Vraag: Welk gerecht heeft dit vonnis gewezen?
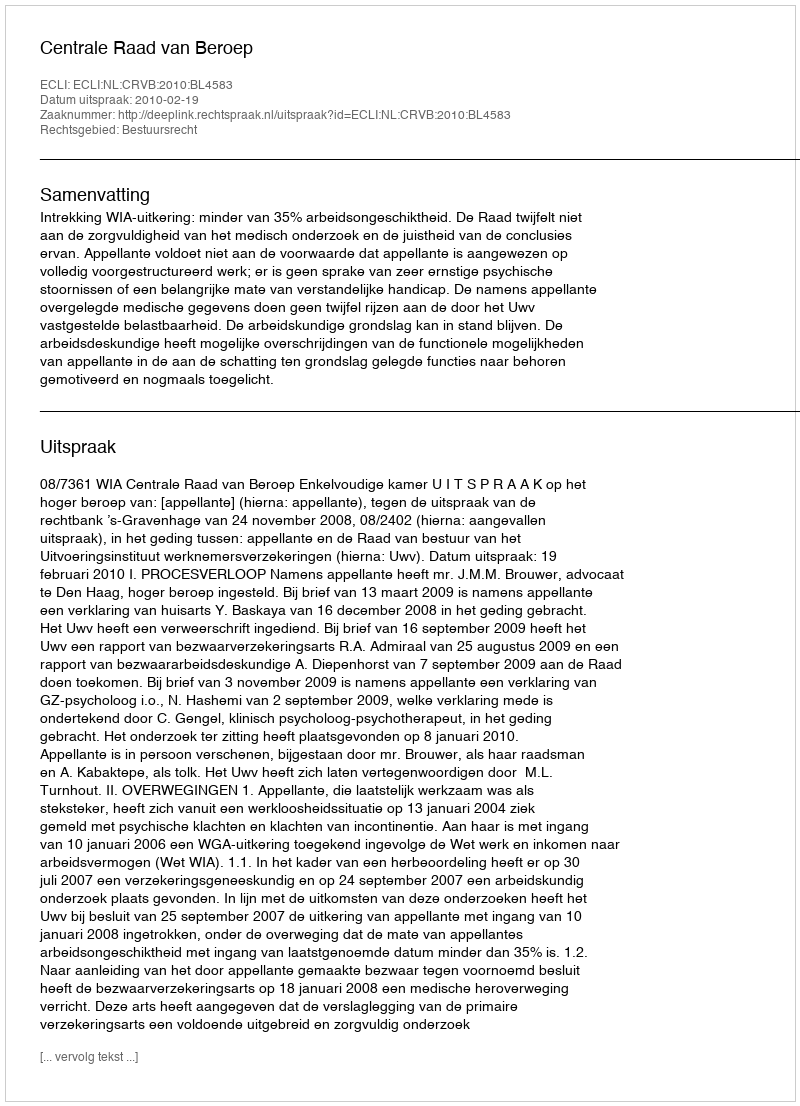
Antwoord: Centrale Raad van Beroep